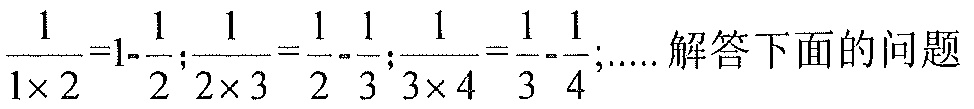
\(\frac{1}{1\times2}=1 - \frac{1}{2};\frac{1}{2\times3}=\frac{1}{2}-\frac{1}{3};\frac{1}{3\times4}=\frac{1}{3}-\frac{1}{4};.....\)解答下面的问题